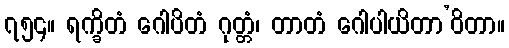
၇၅၄။ ရက္ခိတံ ဂေါပိတံ ဂုတ္တံ၊ တာတံ ဂေါပါယိတာ’ဝိတာ။